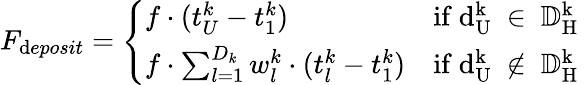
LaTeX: F_{\mathrm{d}eposit}=\left\{ \begin{array}{ll}{f\cdot(t_{U}^{k}-t_{1}^{k})}&{\mathrm{if~d_U^k~\in~{\mathbb{D}^k_H}~}}\\ {f\cdot\sum_{l=1}^{D_{k}}w_{l}^{k}\cdot(t_{l}^{k}-t_{1}^{k})}&{\mathrm{if~d_U^k~\notin~{\mathbb{D}^k_H}~}}\end{array}\right.